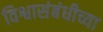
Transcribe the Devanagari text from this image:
विश्वासंबंधीच्या